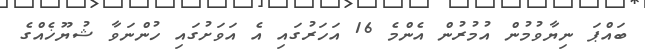
ބައްޕަ ނިޔާވުމުން އުމުރުން އެންމެ 16 އަހަރުގައި އެ އަވަށުގައި ހުންނަވާ ޝުޔޫޚެއްގެ